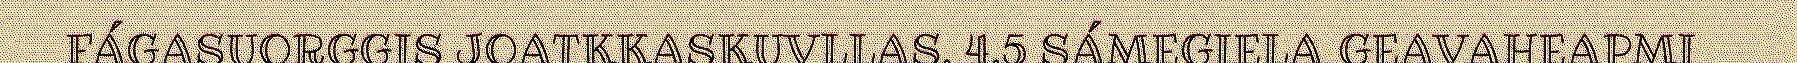
FÁGASUORGGIS JOATKKASKUVLLAS. 4.5 SÁMEGIELA GEAVAHEAPMI